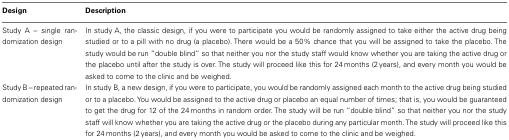
| Design | Description |
 | --- | --- |
 | Study A – single randomization design | In study A, the classic design, if you were to participate you would be randomly assigned to take either the active drug being studied or to a pill with no drug (a placebo). There would be a 50% chance that you will be assigned to take the placebo. The study would be run “double blind” so that neither you nor the study staff would know whether you are taking the active drug or the placebo until after the study is over. The study will proceed like this for 24 months (2 years), and every month you would be asked to come to the clinic and be weighed. |
 | Study B – repeated randomization design | In study B, a new design, if you were to participate, you would be randomly assigned each month to the active drug being studied or to a placebo. You would be assigned to the active drug or placebo an equal number of times; that is, you would be guaranteed to get the drug for 12 of the 24 months in random order. The study will be run “double blind” so that neither you nor the study staff will know whether you are taking the active drug or the placebo during any particular month. The study will proceed like this for 24 months (2 years), and every month you would be asked to come to the clinic and be weighed. |